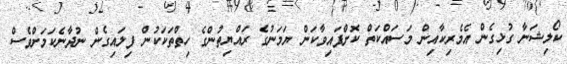
ކޯލިޝަނާ ގުޅިގެން އެމެރިކާއިން މަސައްކަތް ކޮށްފައިވާކަން ޔަމަނުގެ ރައްޔިތުންގެ ހިތްތަކަކުން ފިލައިގެން ނުދާނެކަމަށްވެސް